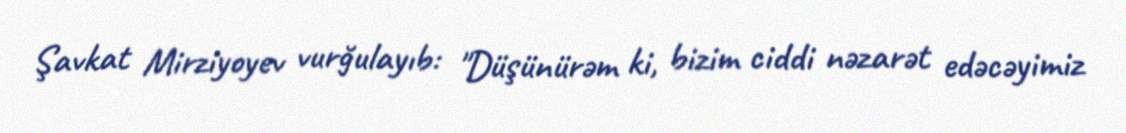
Şavkat Mirziyoyev vurğulayıb: "Düşünürəm ki, bizim ciddi nəzarət edəcəyimiz